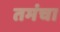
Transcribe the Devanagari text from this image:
तमंचा